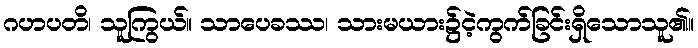
ဂဟပတိ၊ သူကြွယ်။ သာပေခဿ၊ သားမယား၌ငဲ့ကွက်ခြင်းရှိသောသူ၏။